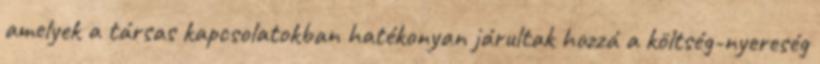
amelyek a társas kapcsolatokban hatékonyan járultak hozzá a költség-nyereség